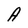
Character: A